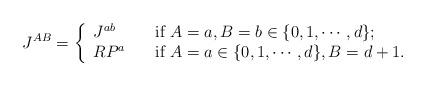
LaTeX: \begin{align*}J^{AB}=\left\{\begin{array}{ll} J^{ab} & \hbox{if $A=a,B=b\in\{0,1,\cdots, d\}$;}\\R P^{a}\quad & \hbox{if $A=a\in\{0,1,\cdots, d\}, B=d+1$.}\end{array}\right.\end{align*}